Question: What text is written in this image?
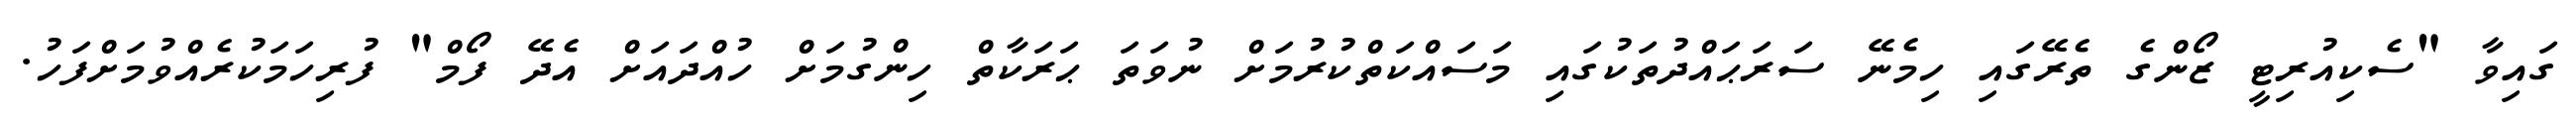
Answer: ގައިވާ "ސެކިއުރިޓީ ޒޯންގެ ތެރޭގައި ހިމެނޭ ސަރަޙައްދުތަކުގައި މަސައްކަތްކުރުމަށް ނުވަތަ ޙަރަކާތް ހިންގުމަށް ހުއްދައަށް އެދޭ ފޯމް" ފުރިހަމަކުރެއްވުމަށްފަހު.